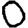
Digit: 0